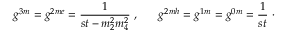
g ^ { 3 m } = g ^ { 2 m e } = \frac { 1 } { s t - m _ { 2 } ^ { 2 } m _ { 4 } ^ { 2 } } ~ , ~ ~ ~ ~ ~ g ^ { 2 m h } = g ^ { 1 m } = g ^ { 0 m } = \frac { 1 } { s t } ~ \cdot